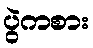
ပွဲကစား